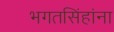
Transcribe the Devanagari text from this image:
भगतसिंहांना